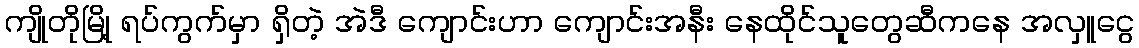
ကျိုတိုမြို့ ရပ်ကွက်မှာ ရှိတဲ့ အဲဒီ ကျောင်းဟာ ကျောင်းအနီး နေထိုင်သူတွေဆီကနေ အလှူငွေ